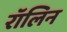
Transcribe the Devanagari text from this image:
रॉलिन